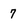
Character: 7